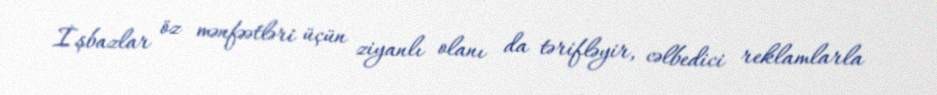
İşbazlar öz mənfəətləri üçün ziyanlı olanı da tərifləyir, cəlbedici reklamlarla